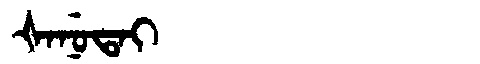
Manchu: ᡧᠠᠨᡠᡨᠠᡳ
Romanization: ŠANUTAI